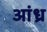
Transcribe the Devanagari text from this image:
अांध्र